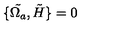
\{ \tilde { \Omega _ { a } } , \tilde { H } \} = 0